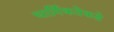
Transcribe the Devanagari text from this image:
धार्मिकतेकडे